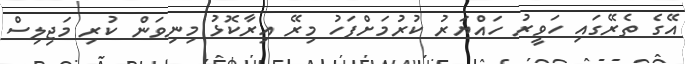
އޭގެ ތެރޭގައި ހަވީރު ހައްޔަރު ކުރުމަށްފަހު މިރޭ އިރާކޮޅު މިނިވަން ކުރި މަޖިލިސް